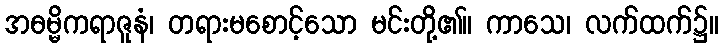
အဓမ္မိကရာဇူနံ၊ တရားမစောင့်သော မင်းတို့၏။ ကာသေ၊ လက်ထက်၌။